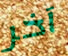
آخر